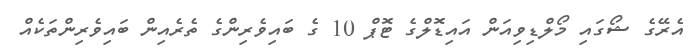
އެރޭގެ ޝޯގައި މޯލްޑިވިއަން އައިޑޮލްގެ ޓޮޕް 10 ގެ ބައިވެރިންގެ ތެރެއިން ބައިވެރިންތަކެއް